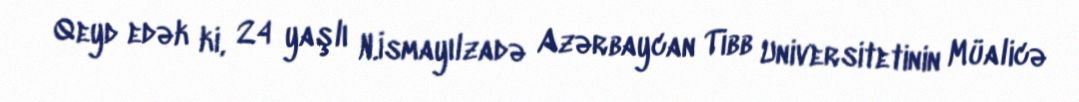
Qeyd edək ki, 24 yaşlı N.İsmayılzadə Azərbaycan Tibb Universitetinin Müalicə